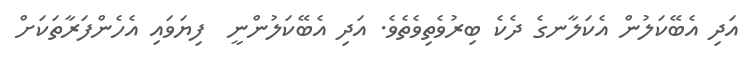
އަދި އެބޭކަލުން އެކަލާނގެ ދެކެ ބިރުވެތިވެތެވެ. އަދި އެބޭކަލުންނީ  ފިޔަވައި އެހެންފަރާތަކަށް